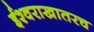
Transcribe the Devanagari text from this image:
ईश्वराखातरच